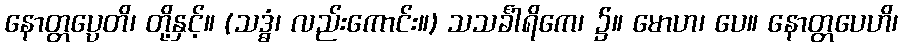
နောတ္တပ္ပေတိ၊ တို့နှင့်။ (သဒ္ဓံ၊ လည်းကောင်း။) သသင်္ခါရိကေ၊ ၌။ မောဟ၊ ပေ။ နောတ္တပေဟိ၊